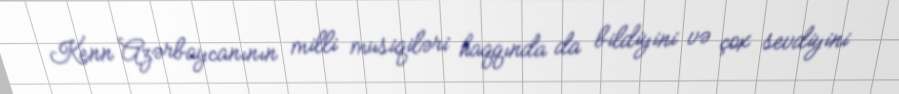
Kenn Azərbaycanının milli musiqiləri haqqında da bildiyini və çox sevdiyini